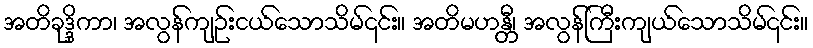
အတိခုဒ္ဒိကာ၊ အလွန်ကျဉ်းငယ်သောသိမ်၎င်း။ အတိမဟန္တီ၊ အလွန်ကြီးကျယ်သောသိမ်၎င်း။